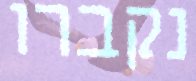
נקברו